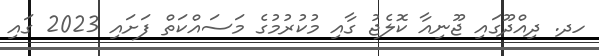
ހދ. ދިއްދޫގައި ޖޫނިއާ ކޮލެޖު ގާއި މުކުރުމުގެ މަސައްކަތް ފަށައި 2023 ގައި